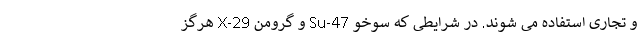
و تجاری استفاده می شوند. در شرایطی که سوخو Su-47 و گرومن X-29 هرگز